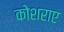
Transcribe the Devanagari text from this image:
कोशराए